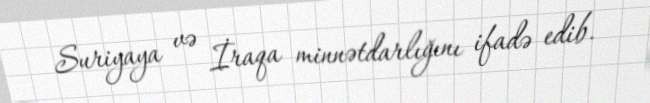
Suriyaya və İraqa minnətdarlığını ifadə edib.